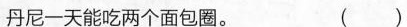
丹尼一天能吃两个面包圈. ( )